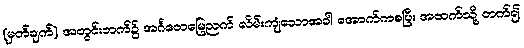
(မှတ်ချက်) အတွင်းဘက်၌ အင်္ဂတေမြေညက် လိမ်းကျံသောအခါ အောက်ကစပြီး အထက်သို့ တက်၍